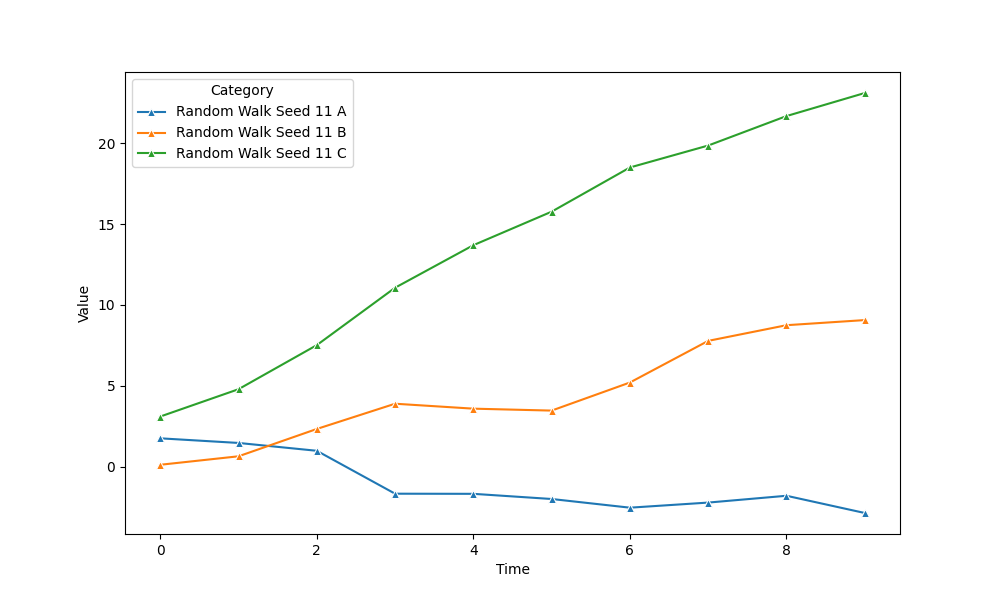
python, seaborn, lineplot, style='solid', marker='^'